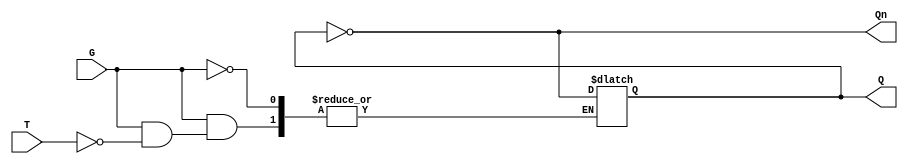
module Gated_T_Latch (
    input wire T,    // Toggle input
    input wire G,    // Gate signal
    output reg Q,    // Output
    output wire Qn   // Complement output
);

// Complement output
assign Qn = ~Q;

// Always block to implement the Gated T Latch functionality
always @(*) begin
    if (G) begin        // Check if gate signal is active
        if (T) begin   // Check if toggle input is high
            Q = ~Q;    // Toggle the state of Q
        end
        // If T is low, Q remains unchanged due to the sequential nature of the latch
    end
    // If G is low, Q remains unchanged due to the feedback mechanism
end

endmodule